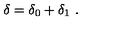
\delta = \delta _ { 0 } + \delta _ { 1 } \ .